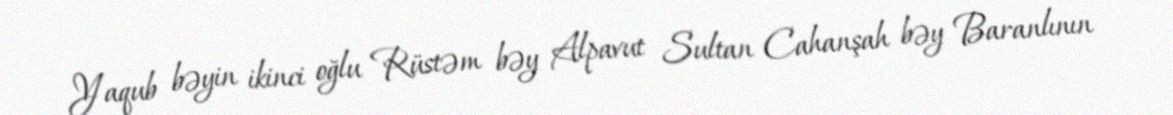
Yaqub bəyin ikinci oğlu Rüstəm bəy Alpavut Sultan Cahanşah bəy Baranlının